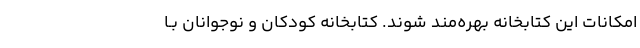
امکانات این کتابخانه بهره‌مند شوند. کتابخانه کودکان و نوجوانان بـا